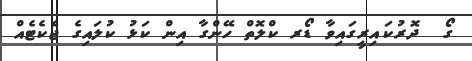
ގޯ  ދޮރުކައިރީގައިވާ ޑޯރ ކްލޮތް ހޭންގާ އިން ކަޅު ކުލައިގެ ޖެކެޓެއް